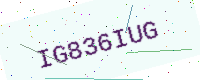
Text: IG836IUG